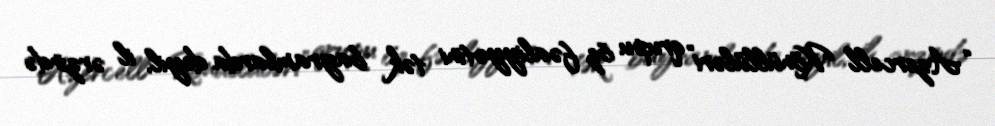
“Azercell Könüllüləri” qrupu öz fəaliyyətini tək bayramlarda deyil, il ərzində